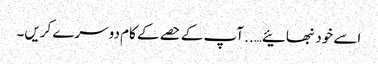
اسے خود نبھائیے….. آپ کے حصے کے کام دوسرے کریں۔